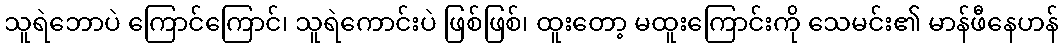
သူရဲဘောပဲ ကြောင်ကြောင်၊ သူရဲကောင်းပဲ ဖြစ်ဖြစ်၊ ထူးတော့ မထူးကြောင်းကို သေမင်း၏ မာန်ဖီနေဟန်